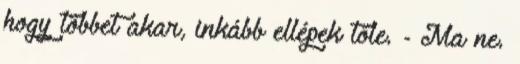
hogy többet akar, inkább ellépek tőle. - Ma ne.